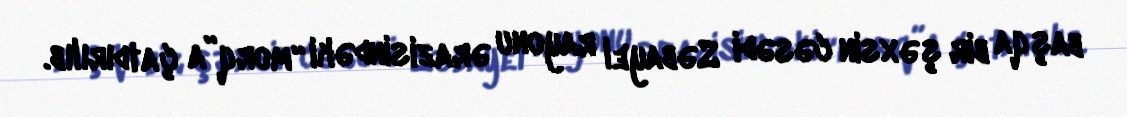
başqa bir şəxsin cəsədi Səbayel rayonu ərazisindəki “morq”a çatdırılıb.